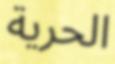
الحرية